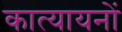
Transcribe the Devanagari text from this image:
कात्यायनों